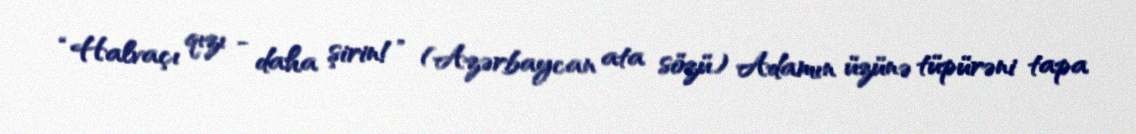
“Halvaçı qızı - daha şirin!” (Azərbaycan ata sözü) Adamın üzünə tüpürəni tapa